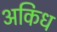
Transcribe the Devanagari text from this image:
अकिध